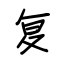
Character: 复